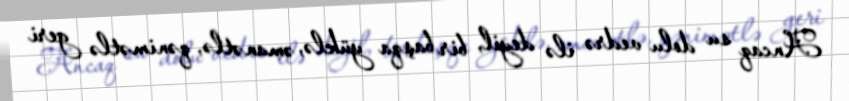
Ancaq su dolu vedrə ilə deyil, bir başqa yüklə, əmanətlə, qənimətlə geri